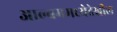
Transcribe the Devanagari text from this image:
आल्बममध्येदेखील